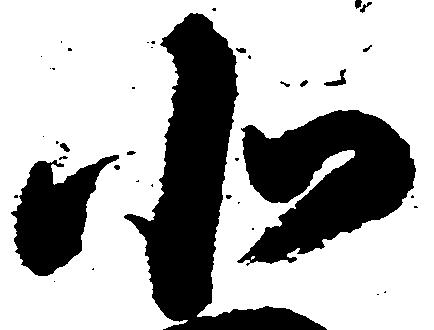
北